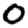
Digit: 0